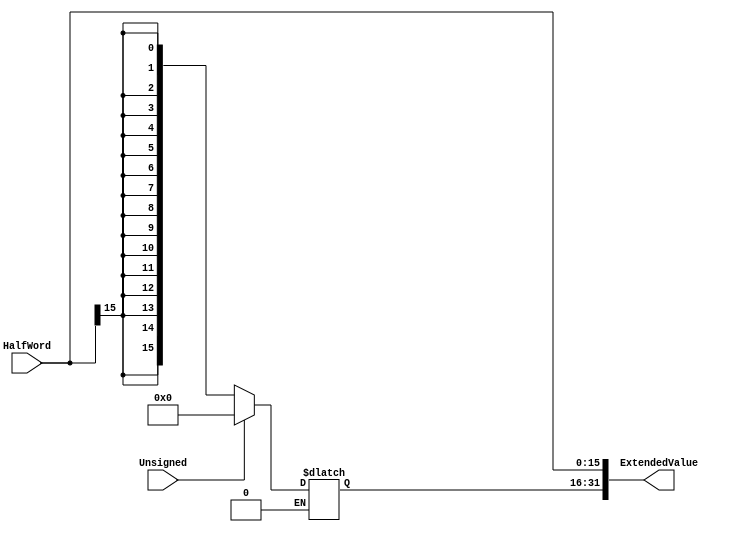
module SignExtender(ExtendedValue,HalfWord,Unsigned);
output reg [31:0]ExtendedValue;
input wire [15:0]HalfWord;
input wire Unsigned;

always @ (HalfWord,Unsigned) begin

	ExtendedValue[15:0] <= HalfWord;

	if(Unsigned==1)
		ExtendedValue[31:16] <= 0;

	else if (Unsigned==0)
		ExtendedValue[31:16] <= { 16 { HalfWord[15] } };

end

endmodule